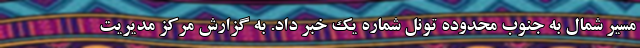
مسیر شمال به جنوب محدوده تونل شماره یک خبر داد. به گزارش مرکز مدیریت